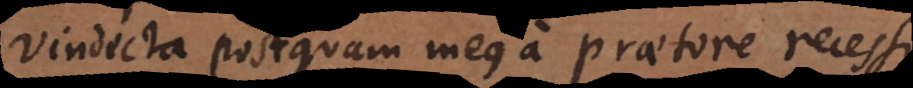
Vindecta postquam meus a praetore recessi